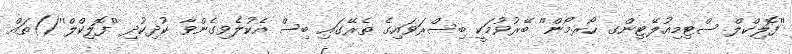
''ފޮލިކްލް ސްޓިމިއުލޭޓިންގ ހޯރމޯން'' ބޭރުވުމަކީ ބިސްރަވައިގެ ތެރޭގައި ބިސް އެކުލެވިގެންވާ ކުދިކުދި ''ފޮލިކްލް''()ތައް